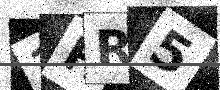
Text: 1HR5